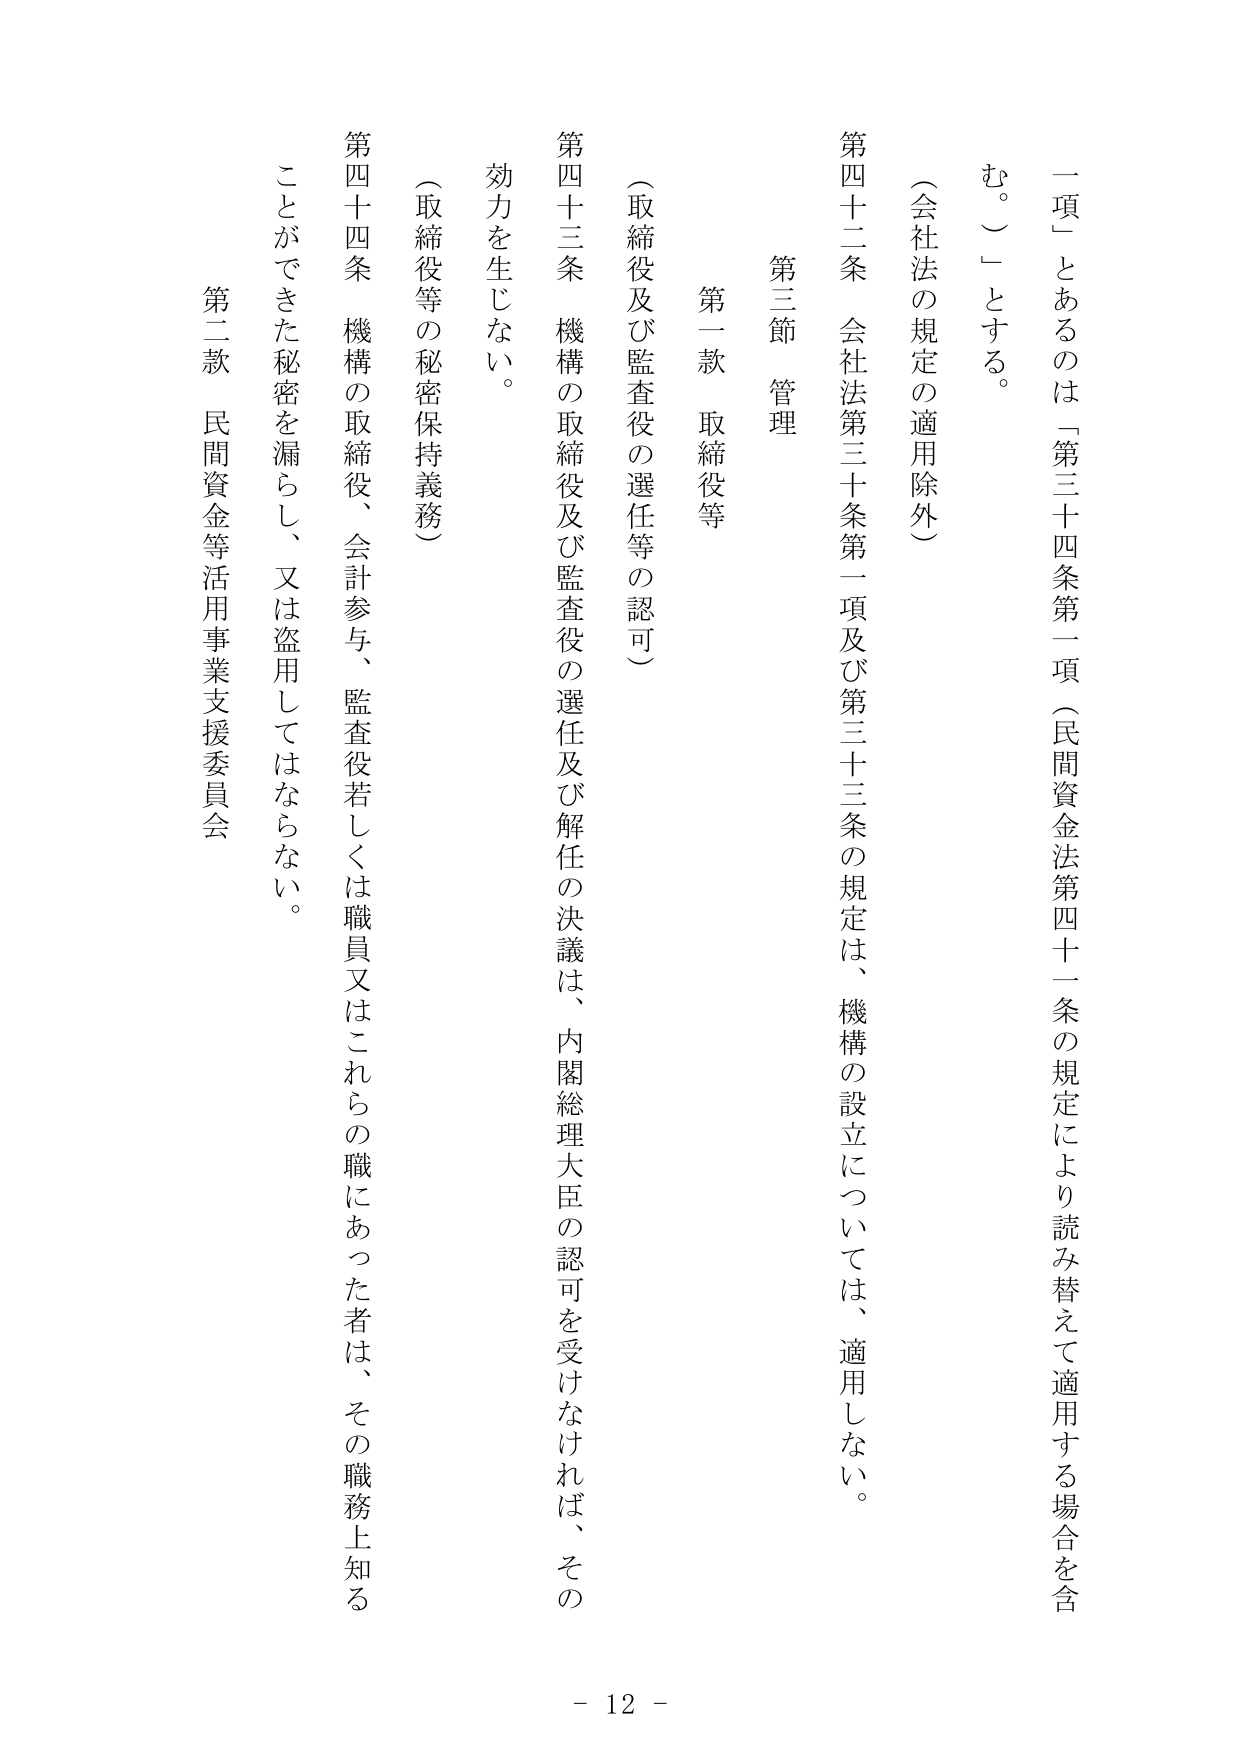
一項」とあるのは「第三十四条第一項（民間資金法第四十一条の規定により読み替えて適用する場合を含む。）」とする。

（会社法の規定の適用除外）

第四十二条 会社法第三十条第一項及び第三十三条の規定は、機構の設立については、適用しない。

第三節 管理

第一款 取締役等

（取締役及び監査役の選任等の認可）

第四十三条 機構の取締役及び監査役の選任及び解任の決議は、内閣総理大臣の認可を受けなければ、その効力を生じない。

（取締役等の秘密保持義務）

第四十四条 機構の取締役、会計参与、監査役若しくは職員又はこれらの職にあった者は、その職務上知ることができた秘密を漏らし、又は盗用してはならない。

第二款 民間資金等活用事業支援委員会

- 12 -